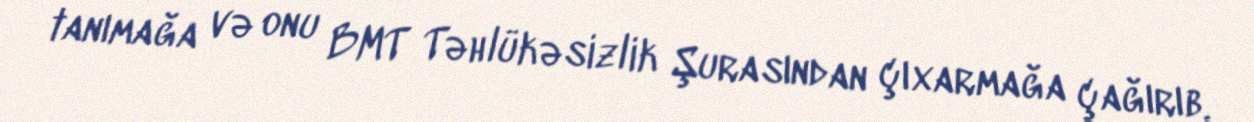
tanımağa və onu BMT Təhlükəsizlik Şurasından çıxarmağa çağırıb.